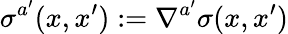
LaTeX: \sigma^{a^{\prime}}(x,x^{\prime}):=\nabla^{a^{\prime}}\sigma(x,x^{\prime})